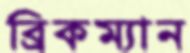
ব্রিকম্যান